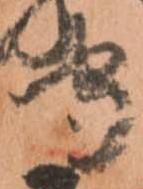
守